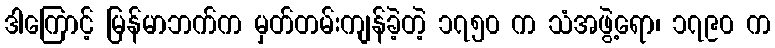
ဒါကြောင့် မြန်မာဘက်က မှတ်တမ်းကျန်ခဲ့တဲ့ ၁၇၅၀ က သံအဖွဲ့ရော၊ ၁၇၉၀ က